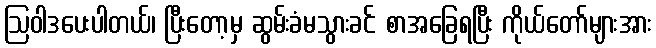
ဩဝါဒပေးပါတယ်၊ ပြီးတော့မှ ဆွမ်းခံမသွားခင် စာအခြေရပြီး ကိုယ်တော်များအား